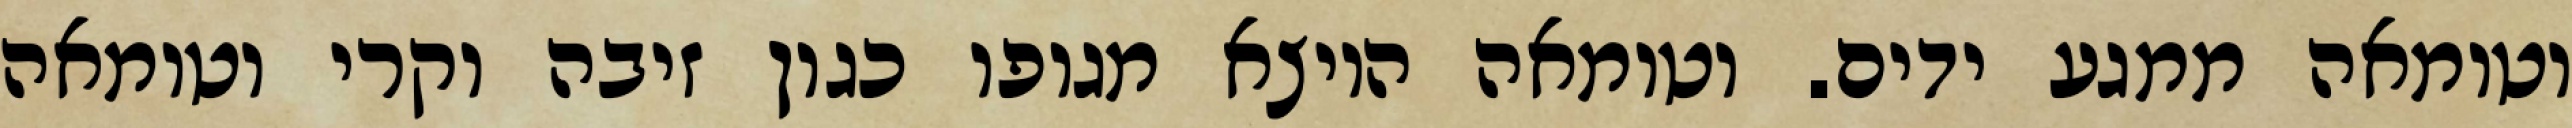
וטומאה ממגע ידים. וטומאה היוצא מגופו כגון זיבה וקרי וטומאה